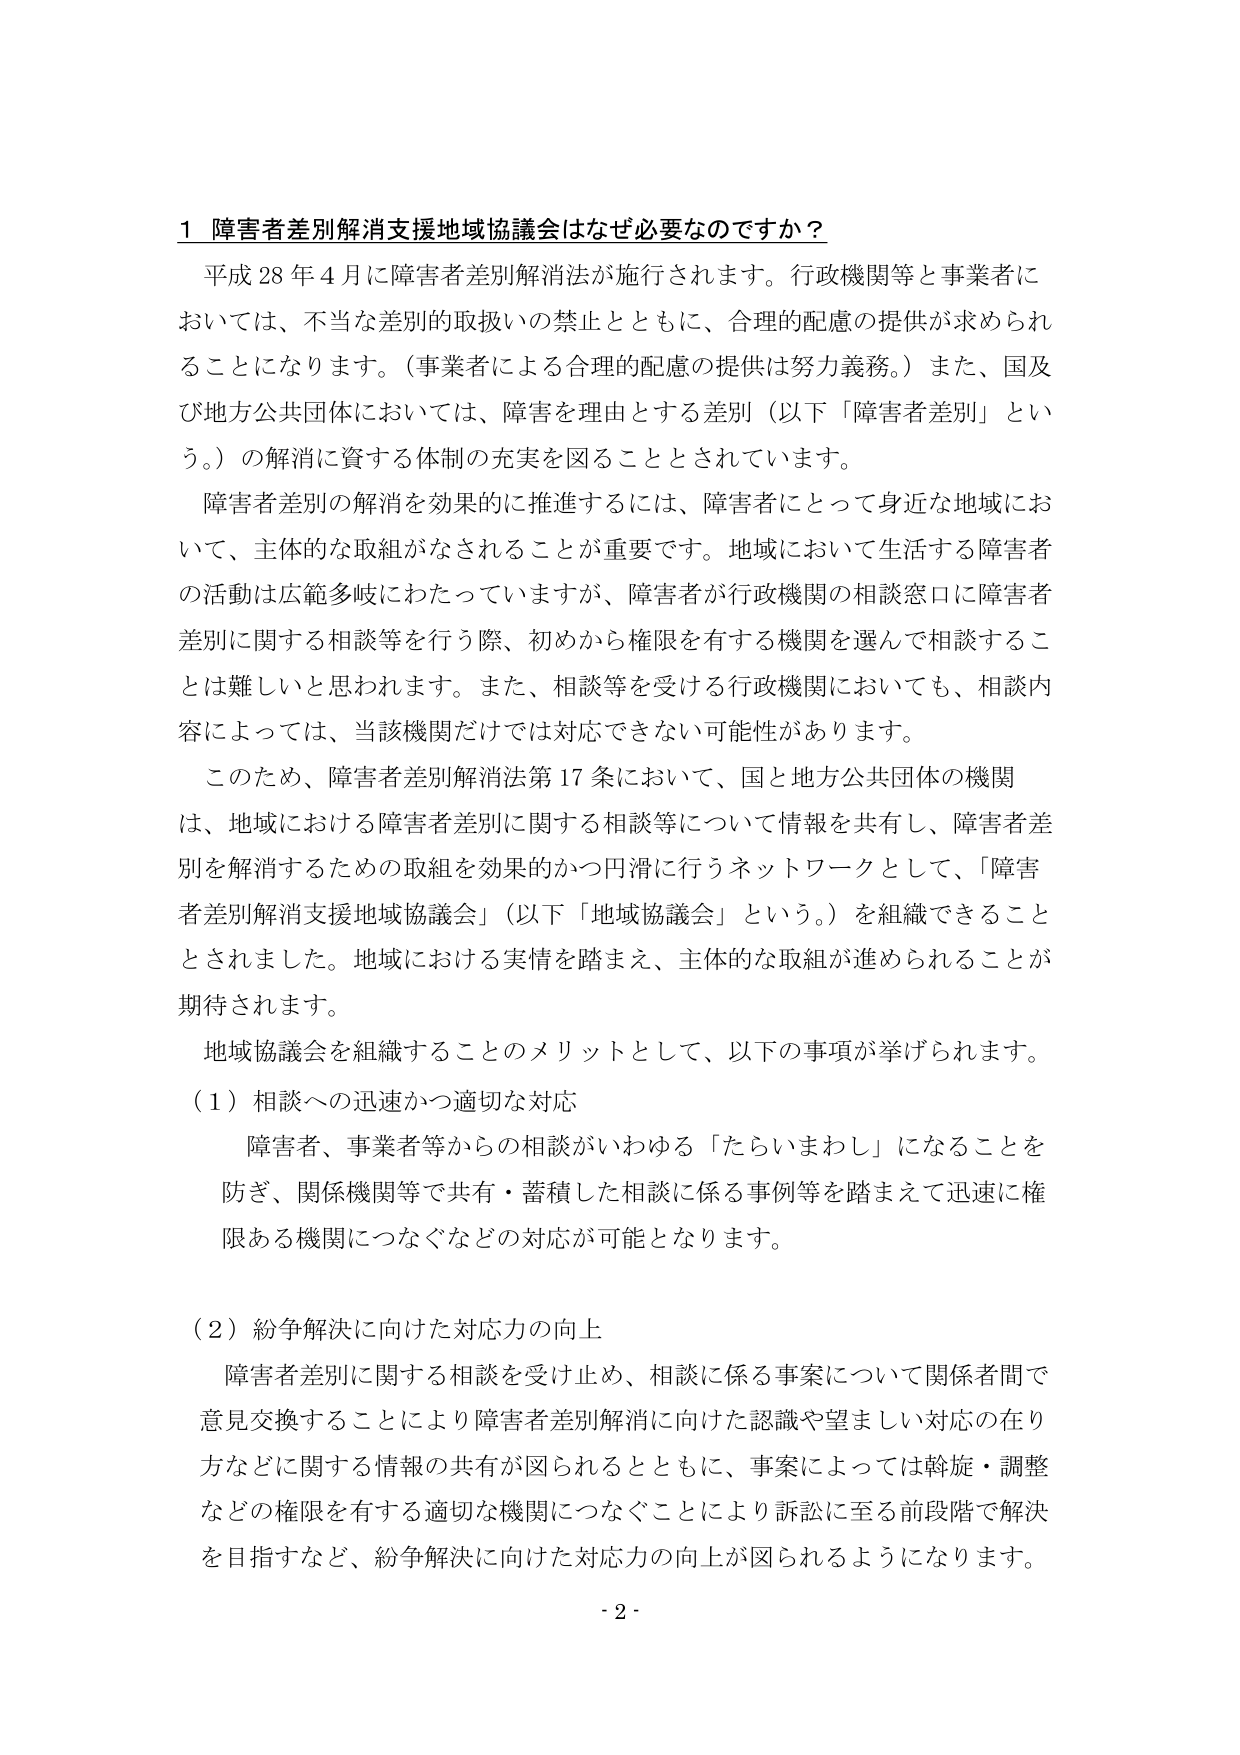
1 障害者差別解消支援地域協議会はなぜ必要なのでしょうか？

平成28年4月に障害者差別解消法が施行されます。行政機関等と事業者においては、不当な差別の取扱いの禁止とともに、合理的配慮の提供が求められることになります。（事業者による合理的配慮の提供は努力義務。）また、国及び地方公共団体においては、障害を理由とする差別（以下「障害者差別」という。）の解消に資する体制の充実を図ることとされています。

障害者差別の解消を効果的に推進するには、障害者にとって身近な地域において、主体的な取組がなされることが重要です。地域において生活する障害者の活動は広範多岐にわたっていますが、障害者が行政機関の相談窓口に障害者差別に関する相談等を行う際、初めから権限を有する機関を選んで相談することは難しいと思われます。また、相談等を受ける行政機関においても、相談内容によっては、当該機関だけでは対応できない可能性があります。

このため、障害者差別解消法第17条において、国と地方公共団体の機関は、地域における障害者差別に関する相談等について情報を共有し、障害者差別を解消するための取組を効果的かつ円滑に行うネットワークとして、「障害者差別解消支援地域協議会」（以下「地域協議会」という。）を組織できることとされました。地域における実情を踏まえ、主体的な取組が進められることが期待されます。

地域協議会を組織することのメリットとして、以下の事項が挙げられます。

（1）相談への迅速かつ適切な対応

障害者、事業者等からの相談がいわゆる「たらいまわし」になることを防ぎ、関係機関等で共有・蓄積した相談に係る事例等を踏まえて迅速に権限ある機関につなぐなどの対応が可能となります。

（2）紛争解決に向けた対応力の向上

障害者差別に関する相談を受け止め、相談に係る事案について関係者間で意見交換することにより障害者差別解消に向けた認識や望ましい対応の在り方などに関する情報の共有が図られるとともに、事案によっては斡旋・調整などの権限を有する適切な機関につなぐことにより訴訟に至る前段階で解決を目指すなど、紛争解決に向けた対応力の向上が図られるようになります。

- 2 -